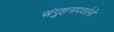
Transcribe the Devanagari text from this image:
अंगुष्ठअपवर्तनी